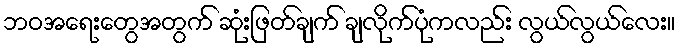
ဘဝအရေးတွေအတွက် ဆုံးဖြတ်ချက် ချလိုက်ပုံကလည်း လွယ်လွယ်လေး။